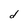
Character: d